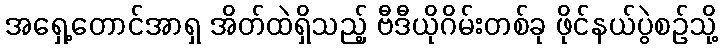
အရှေ့တောင်အာရှ အိတ်ထဲရှိသည့် ဗီဒီယိုဂိမ်းတစ်ခု ဖိုင်နယ်ပွဲစဉ်သို့